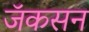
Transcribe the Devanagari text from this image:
जॅकसन